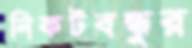
নিকটবন্ধুর